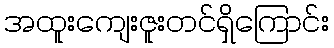
အထူးကျေးဇူးတင်ရှိကြောင်း